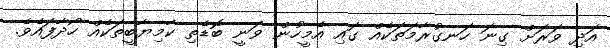
އަދި ވަރަށް ގިނަ ހަނގުރާމަތަކެއް ގައި އެމީހުން ވަނީ ބޮޑެތި ކާމިޔާބީތަކެއް ހޯދާފައެވެ.